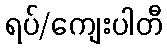
ရပ်/ကျေးပါတီ